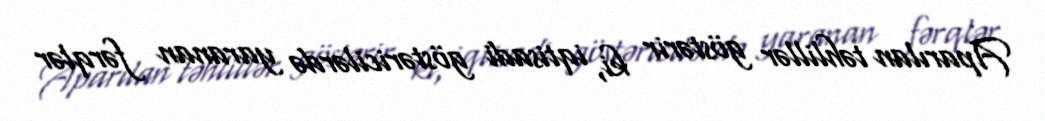
Aparılan təhlillər göstərir ki, iqtisadi göstəricilərdə yaranan fərqlər